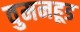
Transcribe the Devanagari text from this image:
वुमनहूड